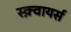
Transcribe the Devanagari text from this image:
स्क़्वायर्स